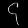
Digit: ၄